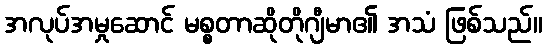
အလုပ်အမှုဆောင် မစ္စတာဆိုတိုဂျီမာ၏ အသံ ဖြစ်သည်။